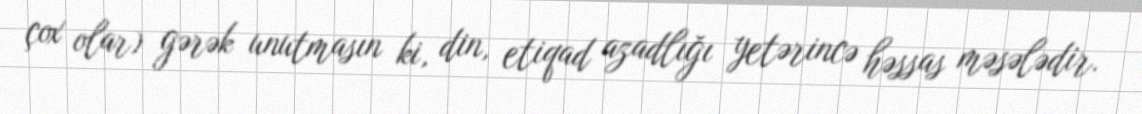
çox olar) gərək unutmasın ki, din, etiqad azadlığı yetərincə həssas məsələdir.